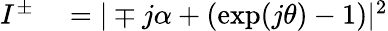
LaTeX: \begin{array}{rl}{I^{\pm}}&{{}=|\mp j\alpha+(\exp(j\theta)-1)|^{2}}\end{array}